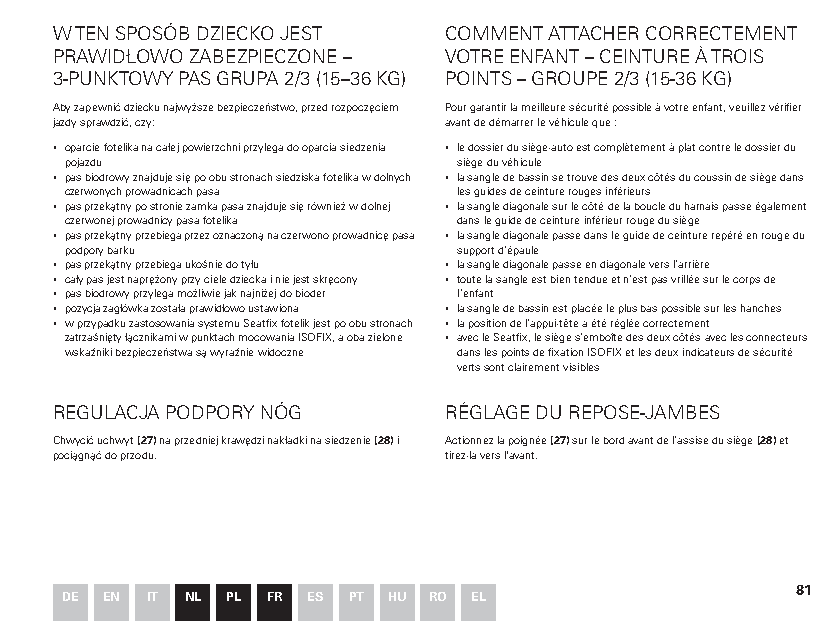
W TEN SPOSÓB DZIECKO JEST COMMENT ATTACHER CORRECTEMENT
 PRAWIDŁOWO ZABEZPIECZONE – VOTRE ENFANT – CEINTURE À TROIS
 3-PUNKTOWY PAS GRUPA 2/3 (15–36 KG) POINTS – GROUPE 2/3 (15-36 KG)
 Aby zapewnić dziecku najwyższe bezpieczeństwo, przed rozpoczęciem Pour garantir la meilleure sécurité possible à votre enfant, veuillez vérifier
 jazdy sprawdzić, czy:    avant de démarrer le véhicule que :
 ▪ oparcie fotelika na całej powierzchni przylega do oparcia siedzenia ▪ le dossier du siège-auto est complètement à plat contre le dossier du
 pojazdu                   siège du véhicule
 ▪ pas biodrowy znajduje się po obu stronach siedziska fotelika w dolnych ▪ la sangle de bassin se trouve des deux côtés du coussin de siège dans
 czerwonych prowadnicach pasa les guides de ceinture rouges inférieurs
 ▪ pas przekątny po stronie zamka pasa znajduje się również w dolnej ▪ la sangle diagonale sur le côté de la boucle du harnais passe également
 czerwonej prowadnicy pasa fotelika dans le guide de ceinture inférieur rouge du siège
 ▪ pas przekątny przebiega przez oznaczoną na czerwono prowadnicę pasa ▪ la sangle diagonale passe dans le guide de ceinture repéré en rouge du
 podpory barku             support d’épaule
 ▪ pas przekątny przebiega ukośnie do tyłu ▪ la sangle diagonale passe en diagonale vers l’arrière
 ▪ cały pas jest naprężony przy ciele dziecka i nie jest skręcony ▪ toute la sangle est bien tendue et n’est pas vrillée sur le corps de
 ▪ pas biodrowy przylega możliwie jak najniżej do bioder l’enfant
 ▪ pozycja zagłówka została prawidłowo ustawiona ▪ la sangle de bassin est placée le plus bas possible sur les hanches
 ▪ w przypadku zastosowania systemu Seatfix fotelik jest po obu stronach ▪ la position de l’appui-tête a été réglée correctement
 zatrzaśnięty łącznikami w punktach mocowania ISOFIX, a oba zielone ▪ avec le Seatfix, le siège s’emboîte des deux côtés avec les connecteurs
 wskaźniki bezpieczeństwa są wyraźnie widoczne dans les points de fixation ISOFIX et les deux indicateurs de sécurité
 verts sont clairement visibles
 REGULACJA PODPORY NÓG    RÉGLAGE DU REPOSE-JAMBES
 Chwycić uchwyt (27) na przedniej krawędzi nakładki na siedzenie (28) i Actionnez la poignée (27) sur le bord avant de l’assise du siège (28) et
 pociągnąć do przodu.     tirez-la vers l'avant.
 81
 DE EN IT NL PL FR ES PT HU RO EL